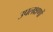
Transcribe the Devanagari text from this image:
उपलक्षणों